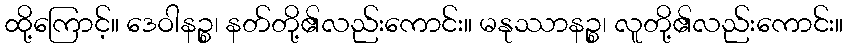
ထို့ကြောင့်။ ဒေဝါနဉ္စ၊ နတ်တို့၏လည်းကောင်း။ မနုဿာနဉ္စ၊ လူတို့၏လည်းကောင်း။